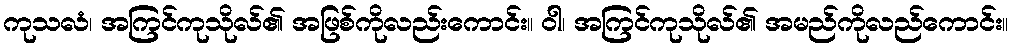
ကုသလံ၊ အကြင်ကုသိုလ်၏ အဖြစ်ကိုလည်းကောင်း။ ဝါ၊ အကြင်ကုသိုလ်၏ အမည်ကိုလည်ကောင်း။